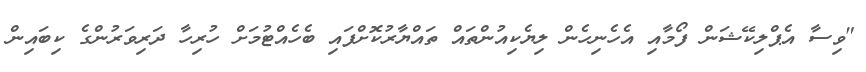
"ވިސާ އެޕްލިކޭޝަން ފޯމާއި އެހެނިހެން ލިޔެކިއުންތައް ތައްޔާރުކޮށްފައި ބެހެއްޓުމަށް ހުރިހާ ދަރިވަރުންގެ ކިބައިން